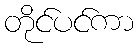
တိုင်ပင်ကာ